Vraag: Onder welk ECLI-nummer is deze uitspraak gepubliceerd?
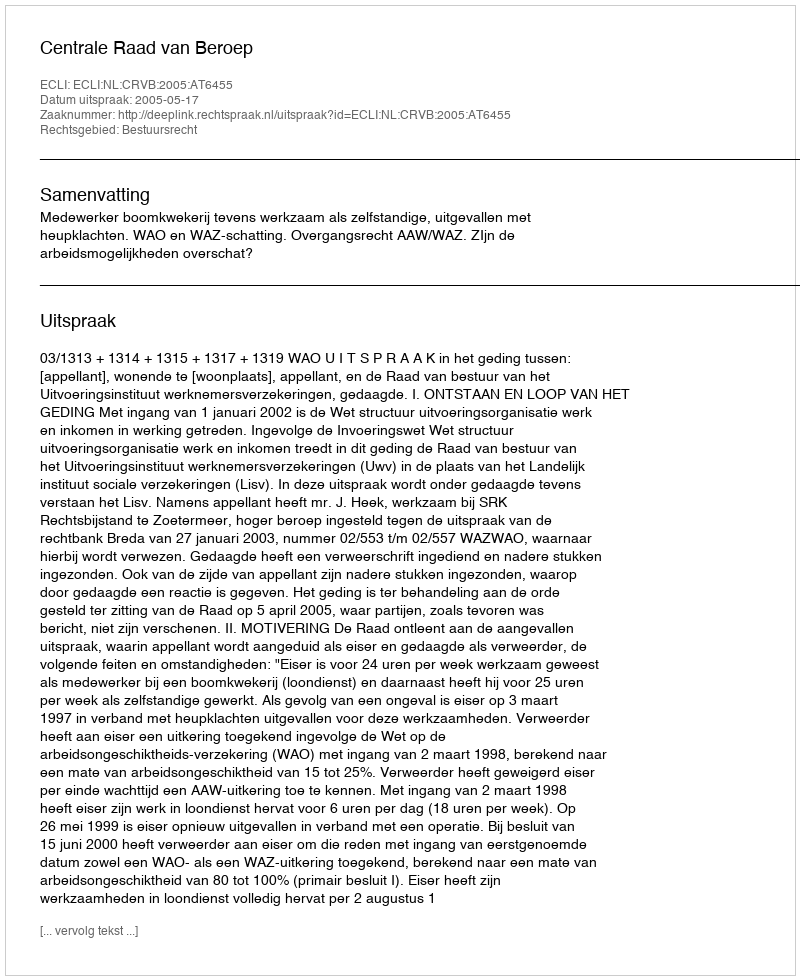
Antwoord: ECLI:NL:CRVB:2005:AT6455